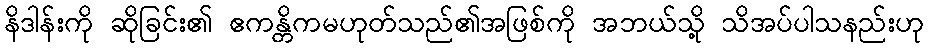
နိဒါန်းကို ဆိုခြင်း၏ ဧကန္တိကမဟုတ်သည်၏အဖြစ်ကို အဘယ်သို့ သိအပ်ပါသနည်းဟု